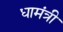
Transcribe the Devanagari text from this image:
धामंत्री